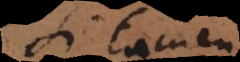
Si tamen